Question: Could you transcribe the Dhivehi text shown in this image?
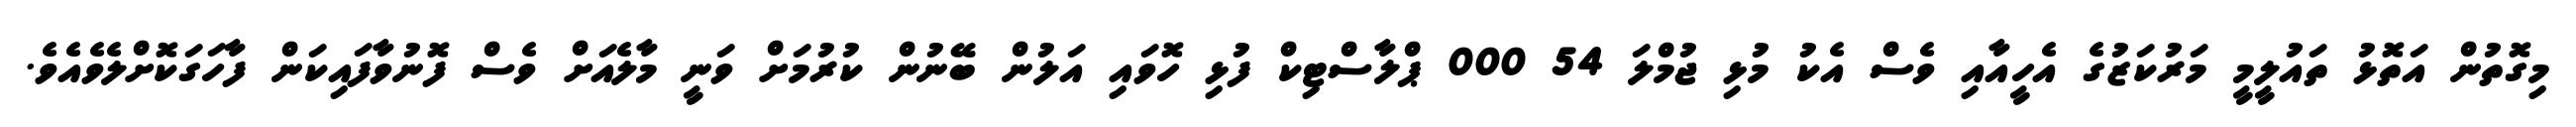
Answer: މިގޮތުން އަތޮޅު ތައުލީމީ މަރުކަޒުގެ އެހީއާއި ވެސް އެކު މުޅި ޖުމްލަ 54 000 ޕްލާސްޓިކް ފުޅި ހޮވައި އަލުން ބޭނުން ކުރުމަށް ވަނީ މާލެއަށް ވެސް ފޮނުވާފައިކަން ފާހަގަކޮށްލެވެއެވެ.